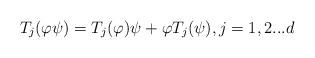
LaTeX: \begin{align*} T_j(\varphi\psi) =T_j(\varphi) \psi +\varphi T_j(\psi) ,j=1,2...d \end{align*}